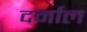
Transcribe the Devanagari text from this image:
दर्नाल